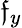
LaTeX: \mathfrak{f}_{y}